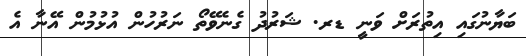
ބަޔާނުގައި އިތުރަށް ވަނީ ޑރ. ޝަރުދު ގެނެވޭތޯ ނަރުހުން އުޅުމުން އޭނާ އެ